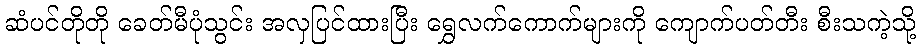
ဆံပင်တိုတို ခေတ်မီပုံသွင်း အလှပြင်ထားပြီး ရွှေလက်ကောက်များကို ကျောက်ပတ်တီး စီးသကဲ့သို့